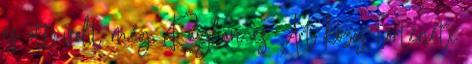
és ott volt még Raylan és Art közös története